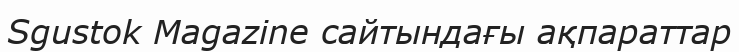
Sgustok Magazine сайтындағы ақпараттар